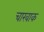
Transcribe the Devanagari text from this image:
चारवाक